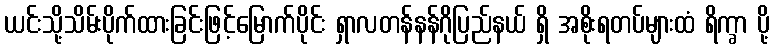
ယင်းသို့သိမ်းပိုက်ထားခြင်းဖြင့်မြောက်ပိုင်း ရှာလတန်နန်ဂိုပြည်နယ် ရှိ အစိုးရတပ်များထံ ရိက္ခာ ပို့